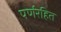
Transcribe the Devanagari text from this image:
पर्णरहित